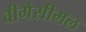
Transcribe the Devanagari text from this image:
वीगेसीमल